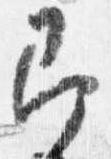
即